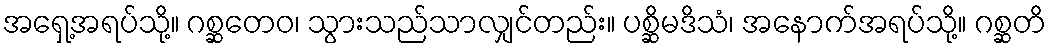
အရှေ့အရပ်သို့။ ဂစ္ဆတေဝ၊ သွားသည်သာလျှင်တည်း။ ပစ္ဆိမဒိသံ၊ အနောက်အရပ်သို့။ ဂစ္ဆတိ